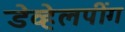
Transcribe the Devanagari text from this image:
डेव्हेलपींग